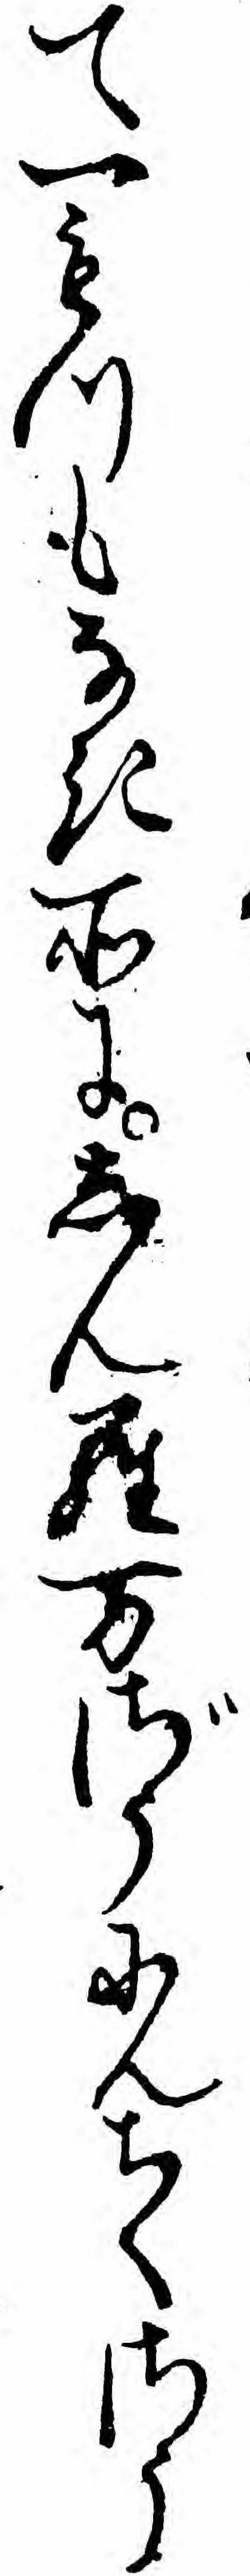
て一もつもなき所にしんら万ざうにんちくさう